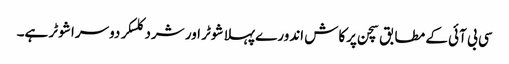
سی بی آئی کے مطابق سچن پرکاش اندورے پہلا شوٹر اور شرد کلسکر دوسرا شوٹر ہے۔